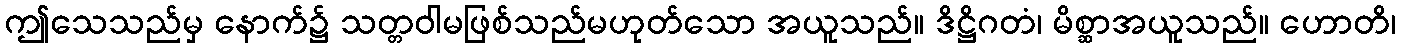
ဤသေသည်မှ နောက်၌ သတ္တဝါမဖြစ်သည်မဟုတ်သော အယူသည်။ ဒိဋ္ဌိဂတံ၊ မိစ္ဆာအယူသည်။ ဟောတိ၊